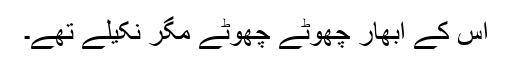
اس کے ابھار چھوٹے چھوٹے مگر نکیلے تھے۔